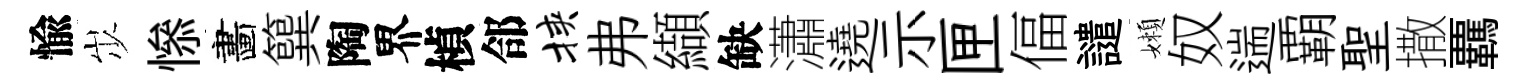
愉𡵯𢡖畵簨陶界楨郃挟弗纈缺瀟遶示匣偪譴嬾奴遄覇聖撒覊